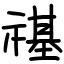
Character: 禥